Physiological action of certain drugs in tablet form - Number 52A
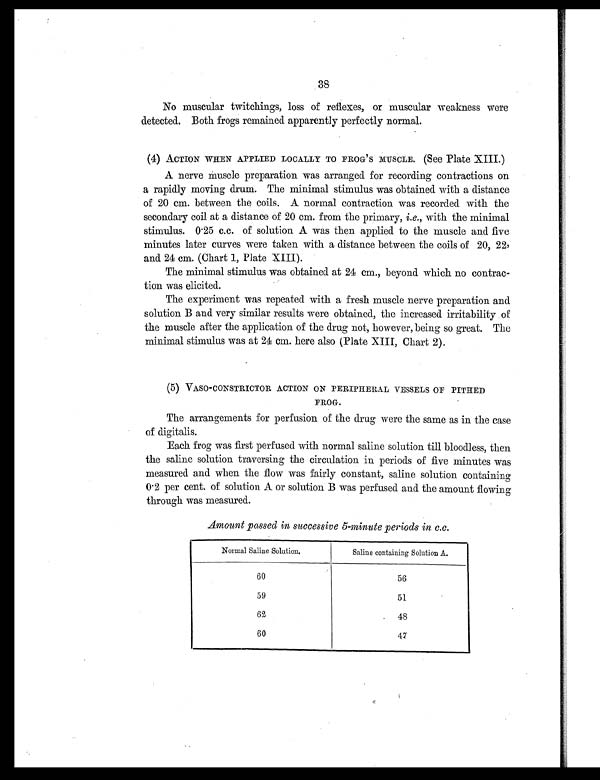
38
No muscular twitchings, loss of reflexes, or muscular weakness were
detected. Both frogs remained apparently perfectly normal.
(4) ACTION WHEN APPLIED LOCALLY TO FROG'S MUSCLE. (See Plate XIII.)
A nerve muscle preparation was arranged for recording contractions on
a rapidly moving drum. The minimal stimulus was obtained with a distance
of 20 cm. between the coils. A normal contraction was recorded with the
secondary coil at a distance of 20 cm. from the primary, i.e., with the minimal
stimulus. 0.25 c.c. of solution A was then applied to the muscle and five
minutes later curves were taken with a distance between the coils of 20, 22,
and 24 cm. (Chart 1, Plate XIII).
The minimal stimulus was obtained at 24 cm., beyond which no contrac-
tion was elicited.
The experiment was repeated with a fresh muscle nerve preparation and
solution B and very similar results were obtained, the increased irritability of
the muscle after the application of the drug not, however, being so great. The
minimal stimulus was at 24 cm. here also (Plate XIII, Chart 2).
(5) VASO-CONSTRICTOR ACTION ON PERIPHERAL VESSELS OF PITHED
FROG.
The arrangements for perfusion of the drug were the same as in the case
of digitalis.
Each frog was first perfused with normal saline solution till bloodless, then
the saline solution traversing the circulation in periods of five minutes was
measured and when the flow was fairly constant, saline solution containing
0.2 per cent. of solution A or solution B was perfused and the amount flowing
through was measured.
Amount passed in successive 5-minute periods in c.c.
Normal Saline Solution.
Saline containing Solution A.
60
56
59
51
62
48
60
47